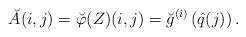
LaTeX: \begin{align*}\breve{A}(i,j) = \breve{\varphi}(Z)(i,j) = \breve{g}^{(i)}\left( \hat{q}(j) \right).\end{align*}